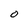
Character: O